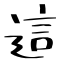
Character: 這